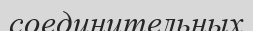
соединительных